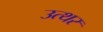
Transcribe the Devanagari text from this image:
उत्थर